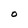
Character: O